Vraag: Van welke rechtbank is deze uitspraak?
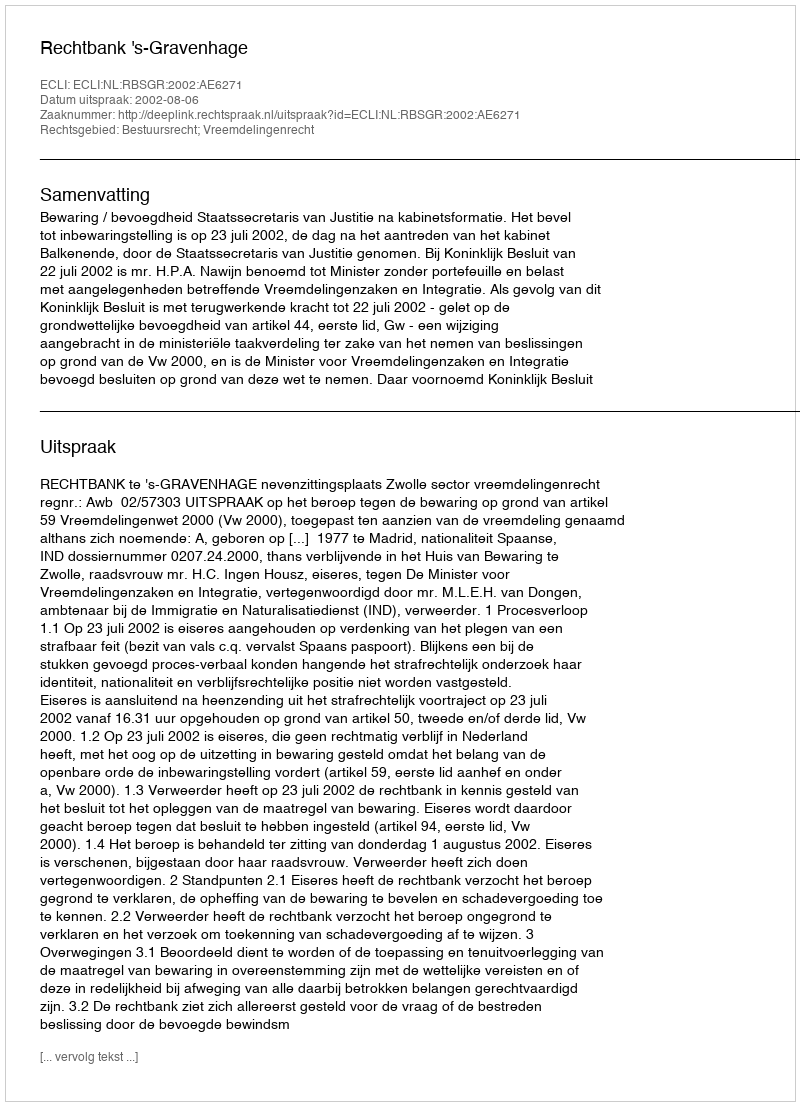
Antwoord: Rechtbank 's-Gravenhage